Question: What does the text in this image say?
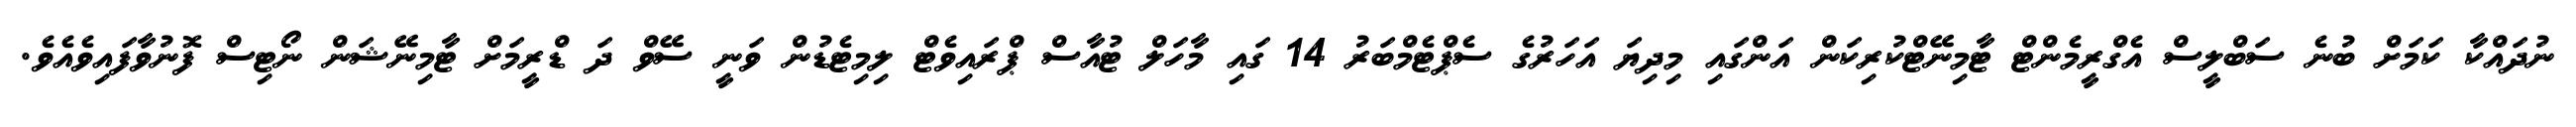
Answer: ނުދައްކާ ކަމަށް ބުނެ ސަބްލީސް އެގްރީމެންޓް ޓާމިނޭޓްކުރިކަން އަންގައި މިދިޔަ އަހަރުގެ ސެޕްޓެމްބަރު 14 ގައި މާހަލް ޓުއާސް ޕްރައިވެޓް ލިމިޓެޑުން ވަނީ ސޭވް ދަ ޑްރީމަށް ޓާމިނޭޝަން ނޯޓިސް ފޮނުވާފައިވެއެވެ.